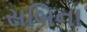
સબિના